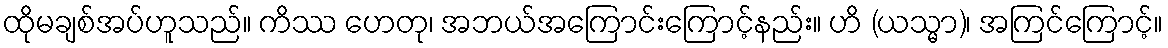
ထိုမချစ်အပ်ဟူသည်။ ကိဿ ဟေတု၊ အဘယ်အကြောင်းကြောင့်နည်း။ ဟိ (ယသ္မာ)၊ အကြင်ကြောင့်။